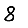
Digit: 8